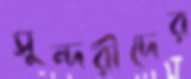
সুন্দরীদের